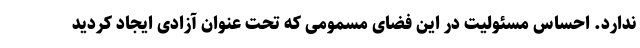
ندارد. احساس مسئولیت در این فضای مسمومی که تحت عنوان آزادی ایجاد کردید